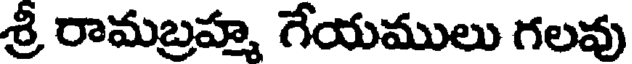
శ్రీ రామబ్రహ్మ గేయములు గలవు